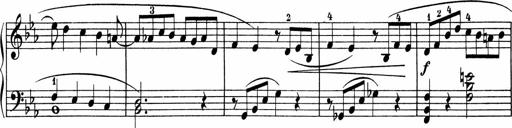
Title: 5 Sonatinen fÃ¼r die Jugend
Composer: Carl Reinecke